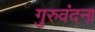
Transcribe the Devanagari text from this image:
गुरुवंदना